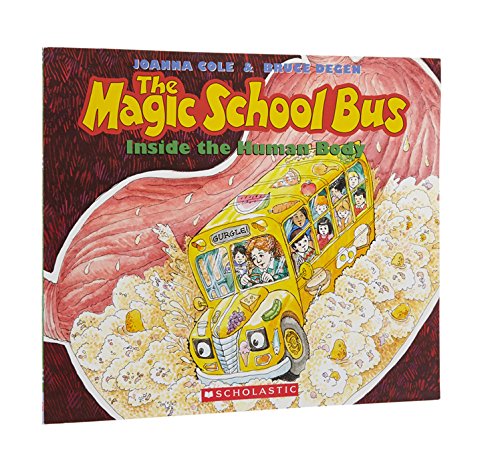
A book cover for The Magic School Bus Inside the Human Body; Joanna Cole; Children's Books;